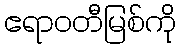
ဧရာဝတီမြစ်ကို